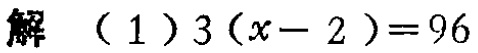
知识是解题之本，知识间的联系是解题思路之源. 因此复习中要着力于理清知识脉络、总结基本方法（而非巧解巧法），切